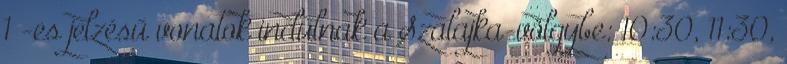
1 -es jelzésű vonatok indulnak a Szalajka-völgybe: 10:30, 11:30,